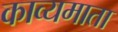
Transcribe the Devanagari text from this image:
काव्यमाता